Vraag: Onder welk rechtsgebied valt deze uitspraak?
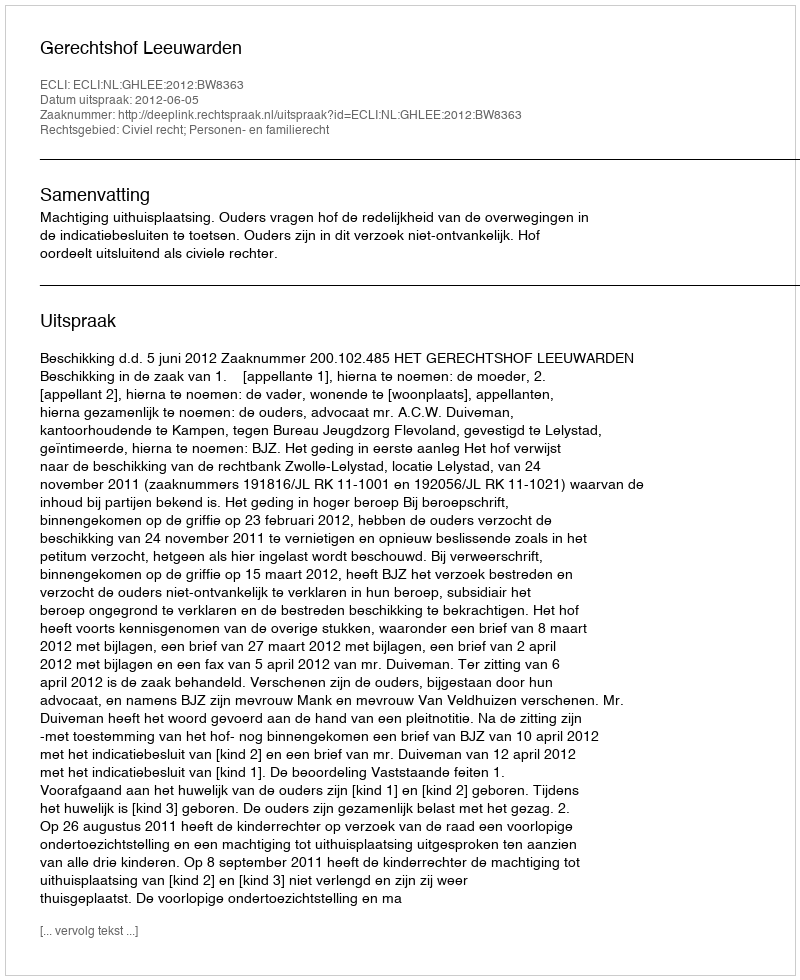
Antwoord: Civiel recht; Personen- en familierecht